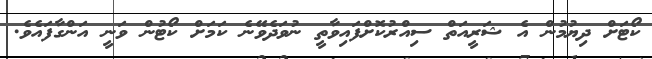
ކޯޓަށް ދިޔުމުން އެ ޝަރީއަތް ސިއްރުކޮށްފައިވާތީ ނުވަދެވޭނެ ކަމަށް ކޯޓުން ވަނީ އަންގާފައެވެ.